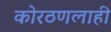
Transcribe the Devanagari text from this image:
कोरठणलाही